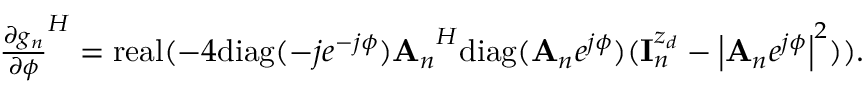
\begin{array} { r } { { \frac { \partial g _ { n } } { \partial \phi } } ^ { H } = \mathrm { r e a l } ( - 4 \mathrm { d i a g } ( - j e ^ { - j \phi } ) { { \bf A } _ { n } } ^ { H } \mathrm { d i a g } ( { { \bf A } _ { n } } e ^ { j \phi } ) ( { \bf { I } } _ { n } ^ { z _ { d } } - \left| { { \bf A } _ { n } } e ^ { j \phi } \right| ^ { 2 } ) ) . } \end{array}